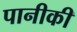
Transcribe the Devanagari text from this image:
पानीकी